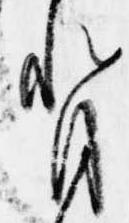
背